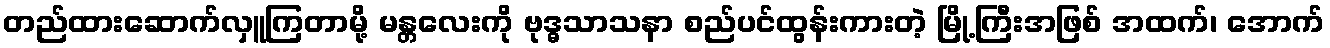
တည်ထားဆောက်လှူကြတာမို့ မန္တလေးကို ဗုဒ္ဓသာသနာ စည်ပင်ထွန်းကားတဲ့ မြို့ကြီးအဖြစ် အထက်၊ အောက်